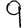
Digit: 9